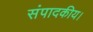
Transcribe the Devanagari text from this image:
संपादकीय।